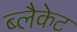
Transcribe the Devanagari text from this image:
ब्लैकेट